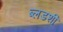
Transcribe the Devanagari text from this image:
ब्लडशी